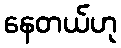
နေတယ်ဟု